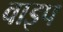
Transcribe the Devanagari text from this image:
वाइप